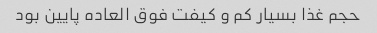
حجم غذا بسیار کم و کیفت فوق العاده پایین بود